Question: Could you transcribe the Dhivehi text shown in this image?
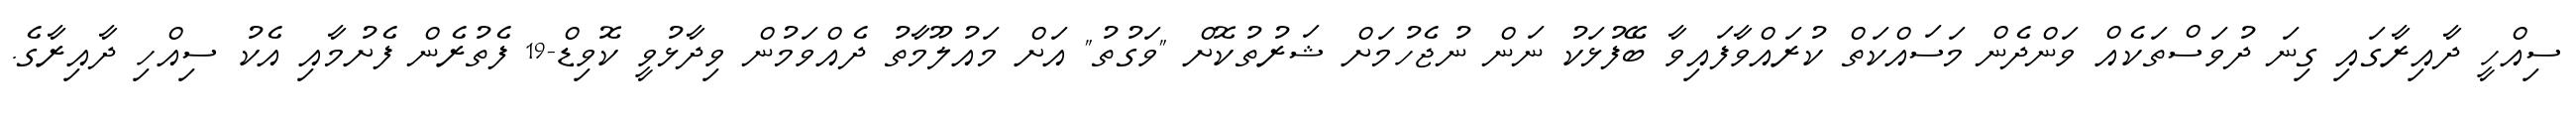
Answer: ސިއްހީ ދާއިރާގައި ގިނަ ދުވަސްތަކެއް ވަންދެން މަސައްކަތް ކުރައްވާފައިވާ ބޭފުޅަކު ނަން ނުޖެހުމަށް ޝަރުތުކޮށް "ވަގުތު" އަށް މައުލޫމާތު ދެއްވަމުން ވިދާޅުވީ ކޮވިޑް-19 ފެތުރެން ފެށުމާއި އެކު ސިއްހި ދާއިރާގެ.